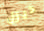
ديزل